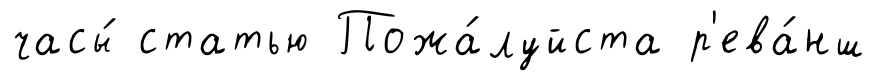
часы́ статью Пожа́луйста р'ева́нш